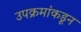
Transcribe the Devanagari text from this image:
उपक्रमांकडून